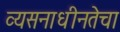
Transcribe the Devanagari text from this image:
व्यसनाधीनतेचा